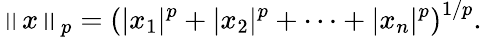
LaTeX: \left\| x\right\| _{p}=\left(|x_{1}|^{p}+|x_{2}|^{p}+\dotsb+|x_{n}|^{p}\right)^{1/p}.